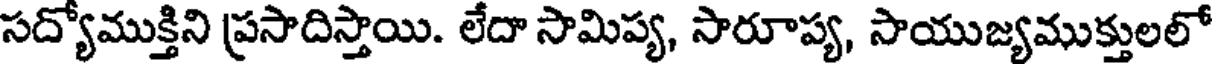
సద్యోముక్తిని ప్రసాదిస్తాయి. లేదా సామిప్య, సారూప్య, సాయుజ్యముక్తులలో